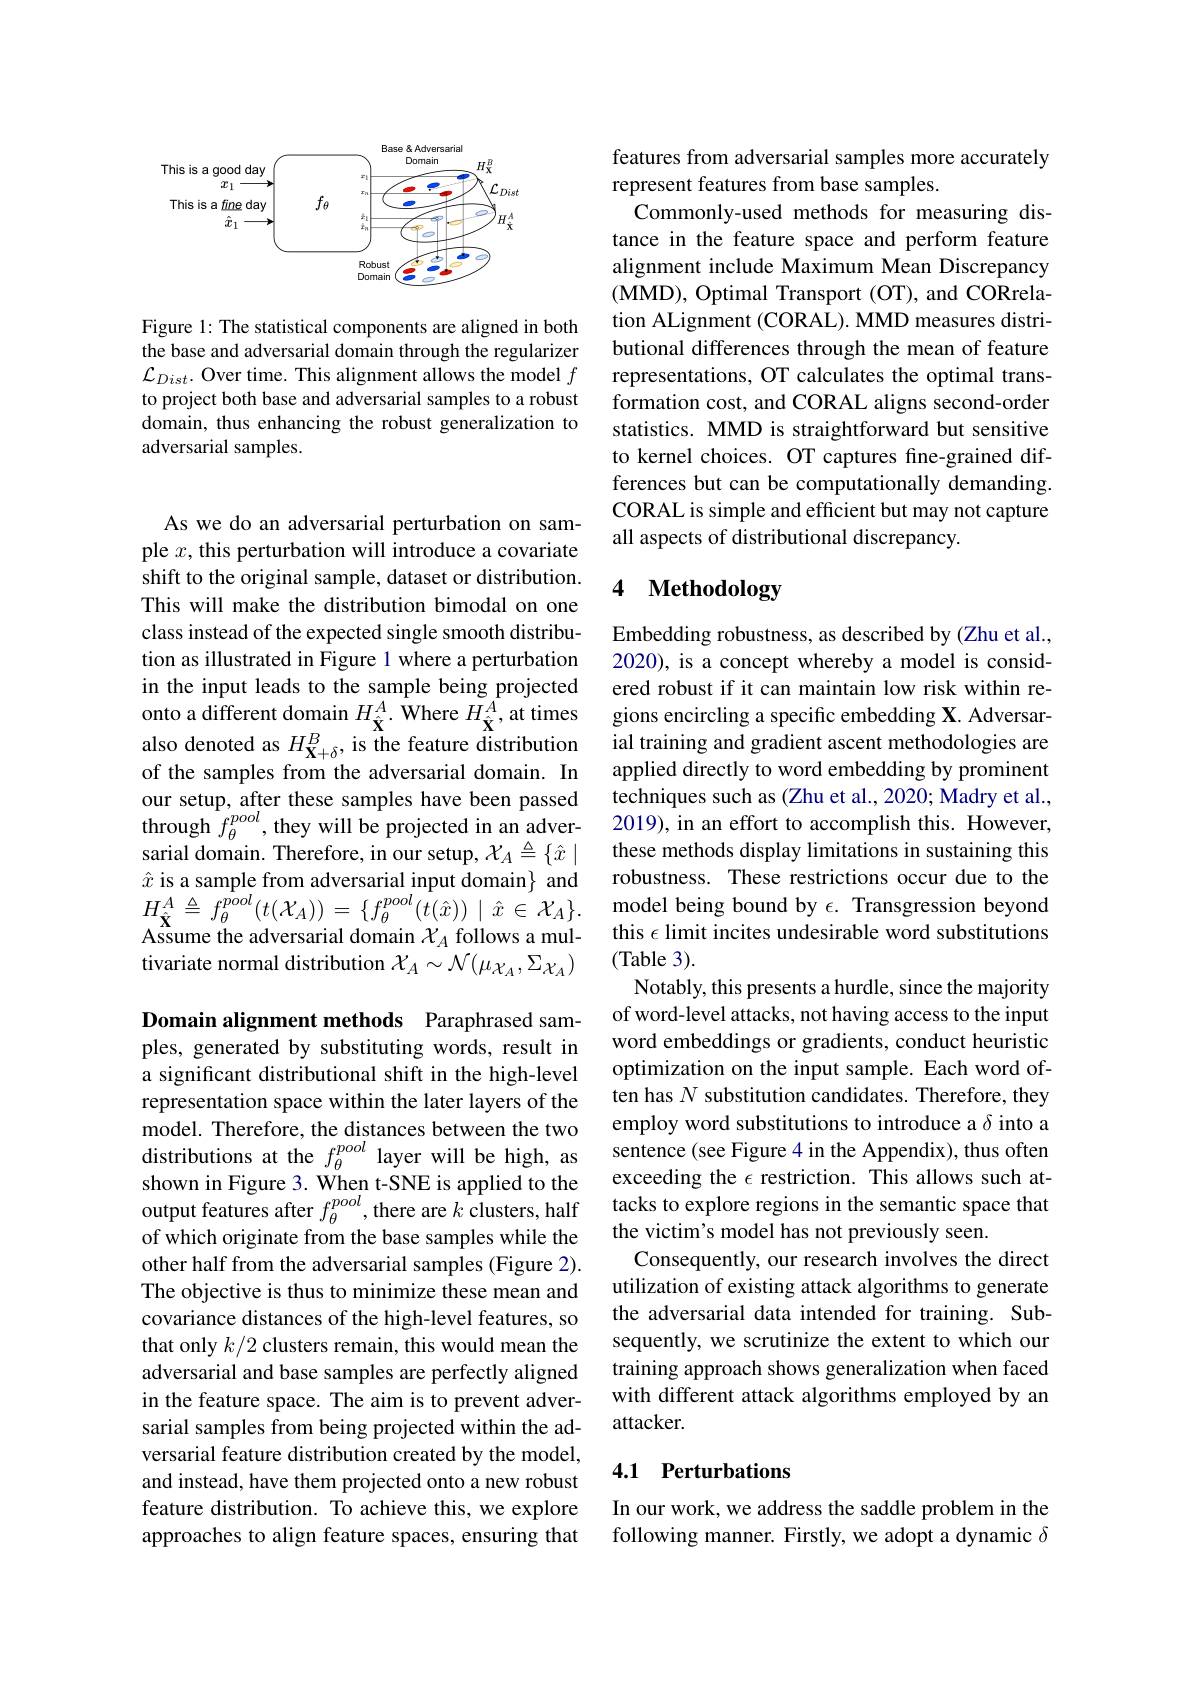
<FigureHere>

Figure 1: The statistical components are aligned in both the base and adversarial domain through the regularizer $\mathcal{L}_{Dist}.$ Over time. This alignment allows the model $f$ to project both base and adversarial samples to a robust domain, thus enhancing the robust generalization to adversarial samples.

As we do an adversarial perturbation on sample $x$, this perturbation will introduce a covariate shift to the original sample, dataset or distribution. This will make the distribution bimodal on one class instead of the expected single smooth distribution as illustrated in Figure 1 where a perturbation in the input leads to the sample being projected onto a different domain $H_{\hat{\mathbf{X}}}^{A}.$ Where $H_{\hat{\mathbf{X}}}^{A}$, at times also denoted as $H_\mathbf{X}+\delta^B$, is the feature distribution of the samples from the adversarial domain. In our setup, after these samples have been passed through $f_\theta^{pool}$,they will be projected in an adver- 2019), in an effort to accomplish this. However,
sarial domain. Therefore, in our setup, $\mathcal{X}_A\triangleq\{\hat{x}\mid$ $\hat{x}$ is a sample from adversarial input domain} and $H_{\hat{\mathbf{X}}}^{A}\triangleq f_{\theta}^{\dot{pool}}(t(\mathcal{X}_{A}))=\{f_{\theta}^{pool}(\dot{t}(\hat{x}))\mid\hat{x}\in\mathcal{X}_{A}\}.$ Assume the adversarial domain $\mathcal{X}_A$ follows a multivariate normal distribution $\mathcal{X}_A\sim\mathcal{N}(\mu_{\mathcal{X}_A},\Sigma_{\mathcal{X}_A})$

Domain alignment methods Paraphrased samples, generated by substituting words, result in a significant distributional shift in the high-level representation space within the later layers of the model. Therefore, the distances between the two distributions at the $f_{\theta}^{pool}$ layer will be high, as shown in Figure 3. When t-SNE is applied to the output features after $f_\theta^{pool}$,there are $k$ clusters, half of which originate from the base samples while the other half from the adversarial samples (Figure 2). The objective is thus to minimize these mean and covariance distances of the high-level features, so that only $k/2$ clusters remain, this would mean the adversarial and base samples are perfectly aligned in the feature space. The aim is to prevent adversarial samples from being projected within the adversarial feature distribution created by the model, and instead, have them projected onto a new robust feature distribution. To achieve this, we explore approaches to align feature spaces, ensuring that

features from adversarial samples more accurately
represent features from base samples.
Commonly-used methods for measuring distance in the feature space and perform feature alignment include Maximum Mean Discrepancy (MMD) , Optimal Transport ( OT) , and CORrela- tion ALignment (CORAL). MMD measures distributional differences through the mean of feature representations, OT calculates the optimal transformation cost, and CORAL aligns second-order statistics. MMD is straightforward but sensitive to kernel choices. OT captures fine-grained differences but can be computationally demanding. CORAL is simple and efficient but may not capture all aspects of distributional discrepancy.

### 4 Methodology

Embedding robustness, as described by (Zhu et al., 2020), is a concept whereby a model is considered robust if it can maintain low risk within regions encircling a specific embedding X. Adversarial training and gradient ascent methodologies are applied directly to word embedding by prominent techniques such as (Zhu et al., 2020; Madry et al., these methods display limitations in sustaining this robustness. These restrictions occur due to the model being bound by $\epsilon.$ Transgression beyond this $\epsilon$ limit incites undesirable word substitutions (Table 3).
Notably, this presents a hurdle, since the majority of word-level attacks, not having access to the input word embeddings or gradients, conduct heuristic optimization on the input sample. Each word often has $N$ substitution candidates. Therefore, they employ word substitutions to introduce a $\delta$ into a sentence (see Figure 4 in the Appendix), thus often exceeding the $\epsilon$ restriction. This allows such attacks to explore regions in the semantic space that the victim's model has not previously seen.
Consequently, our research involves the direct utilization of existing attack algorithms to generate the adversarial data intended for training. Subsequently, we scrutinize the extent to which our training approach shows generalization when faced with different attack algorithms employed by an attacker.

## 4.1 Perturbations

In our work, we address the saddle problem in the following manner. Firstly, we adopt a dynamic $\delta$